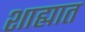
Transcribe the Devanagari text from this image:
शाह्यात